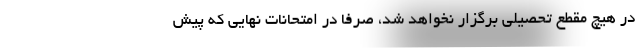
در هیچ مقطع تحصیلی برگزار نخواهد شد، صرفا در امتحانات نهایی که پیش